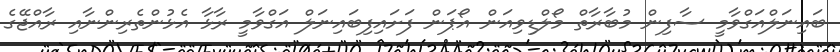
ބައިނަލްއަގްވާމީ ސާފިން މުބާރާތް މޯލްޑިވިއަން އޯޕަން ފަށައިފިބައިނަލް އަގްވާމީ ރާޅާ އެޅުންތެރިންނާއި ރާއްޖޭގެ